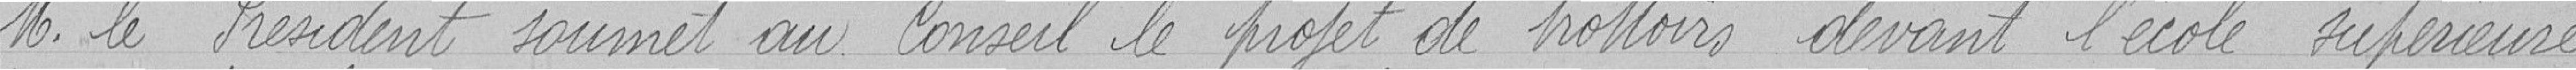
Monsieur le Président soumet au Conseil le projet de trottoirs devant l'école supérieure